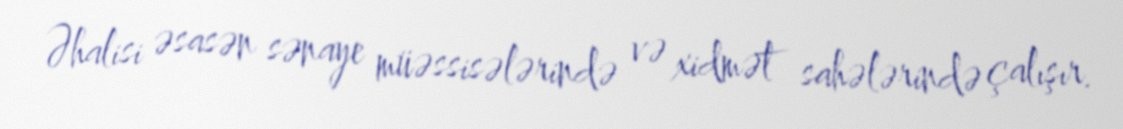
Əhalisi əsasən sənaye müəssisələrində və xidmət sahələrində çalışır.